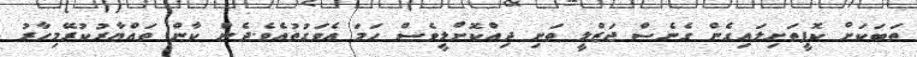
ތަބަކަށް ކޮފީިތަށިލައިގެން ގެނެސް ޖަޒްލީ ތަށި ދިއްކޮށްލީވެސް ހަމަ އެވަގުތުއެވެ.ދެން ކާން ތައްޔާރުކުރޭމިހާރު